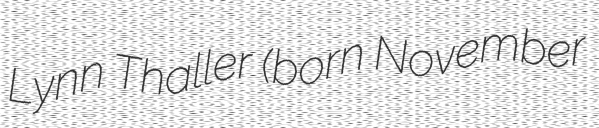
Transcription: Lynn Thaller (born November